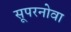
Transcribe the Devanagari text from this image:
सूपरनोवा